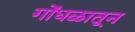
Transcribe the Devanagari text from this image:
गोंधळातून